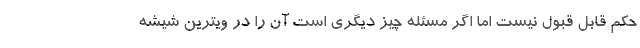
حکم قابل قبول نیست اما اگر مسئله چیز دیگری است آن را در ویترین شیشه